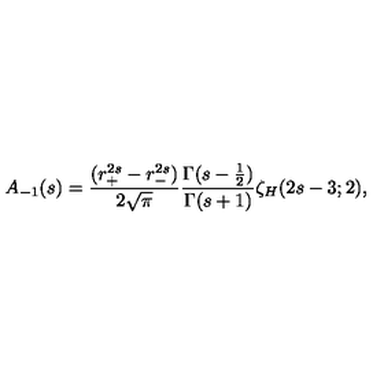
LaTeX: A _ { - 1 } ( s ) = { \frac { ( r _ { + } ^ { 2 s } - r _ { - } ^ { 2 s } ) } { 2 \sqrt { \pi } } } { \frac { \Gamma ( s - { \frac { 1 } { 2 } } ) } { \Gamma ( s + 1 ) } } \zeta _ { H } ( 2 s - 3 ; 2 ) ,